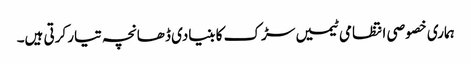
ہماری خصوصی انتظامی ٹیمیں سڑک کا بنیادی ڈھانچہ تیار کرتی ہیں۔